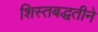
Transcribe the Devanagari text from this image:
शिस्तबद्धतीने